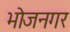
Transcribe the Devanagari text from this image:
भोजनगर